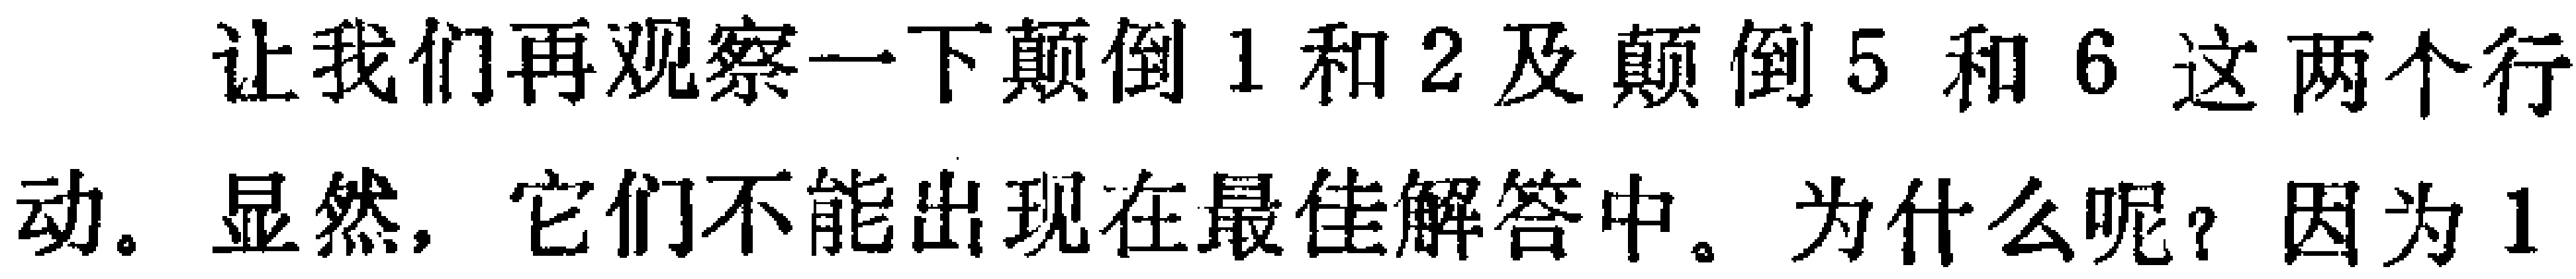
让我们再观察一下颠倒1和2及颠倒5和6这两个行动。显然，它们不能出现在最佳解答中。为什么呢？因为1